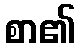
စာ၏